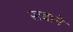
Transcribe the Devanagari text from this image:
सबाने